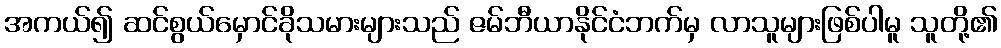
အကယ်၍ ဆင်စွယ်မှောင်ခိုသမားများသည် ဇမ်ဘီယာနိုင်ငံဘက်မှ လာသူများဖြစ်ပါမူ သူတို့၏